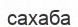
сахаба